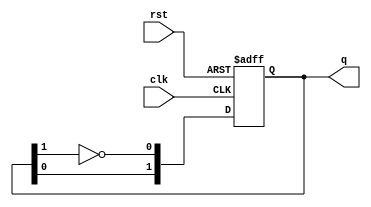
module dual_stage_johnson_counter (
    input wire clk,     // Clock input
    input wire rst,     // Reset input
    output reg [1:0] q // 2-bit output representing the state
);

// State transition logic
always @(posedge clk or posedge rst) begin
    if (rst) begin
        // Reset the counter to state 00
        q <= 2'b00;
    end else begin
        // Johnson counter logic
        q[1] <= q[0];          // Shift Q1 to Q2
        q[0] <= ~q[1];         // Inverted Q2 fed back to Q1
    end
end

endmodule